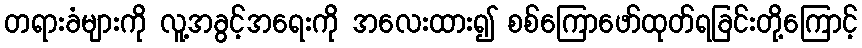
တရားခံများကို လူ့အခွင့်အရေးကို အလေးထား၍ စစ်ကြောဖော်ထုတ်ရခြင်းတို့ကြောင့်